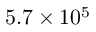
5 . 7 \times 1 0 ^ { 5 }